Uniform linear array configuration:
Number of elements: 8
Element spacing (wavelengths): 0.75
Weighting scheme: exponential
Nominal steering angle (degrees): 15
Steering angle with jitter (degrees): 13.83
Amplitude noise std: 0.05
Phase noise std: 0.05

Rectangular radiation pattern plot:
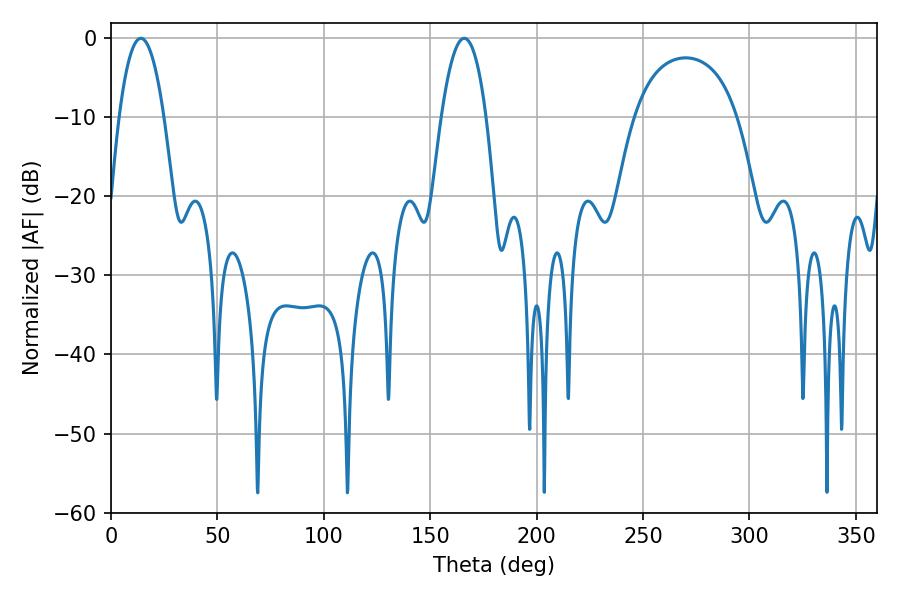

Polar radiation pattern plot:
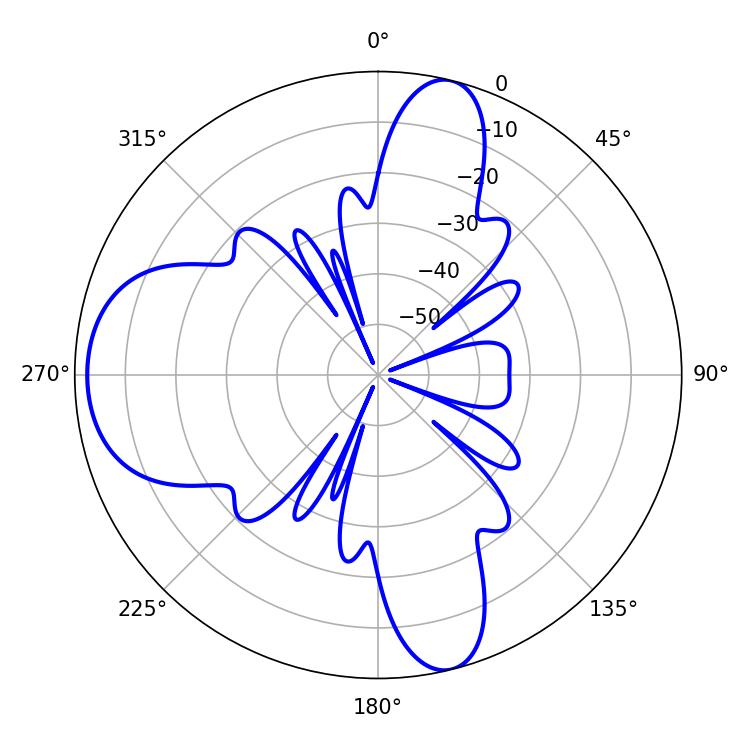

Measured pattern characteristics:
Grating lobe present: TRUE
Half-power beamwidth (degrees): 11.7
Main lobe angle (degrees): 14.04